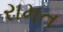
રામત